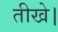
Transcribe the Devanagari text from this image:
तीखे।